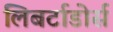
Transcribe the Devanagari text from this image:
लिबर्टाडोर्स